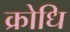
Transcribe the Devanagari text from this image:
क्रोधि